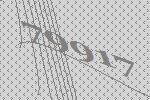
79917